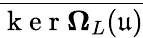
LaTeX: \overline{{\mathrm{~k~e~r~}\mathbf{\Omega}_{L}(\mathfrak{u})}}